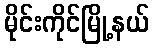
မိုင်းကိုင်မြို့နယ်